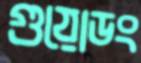
গুয়োডং